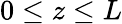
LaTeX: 0\le z\le L